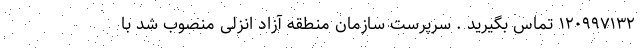
۱۲۰۹۹۷۱۳۲ تماس بگیرید . سرپرست سازمان منطقه آزاد انزلی منصوب شد با